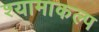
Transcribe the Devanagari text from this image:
श्यामाकल्प